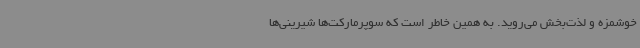
خوشمزه و لذت‌بخش می‌روید. به همین خاطر است که سوپرمارکت‌ها شیرینی‌ها